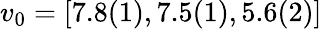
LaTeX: v_{0}=[7.8(1),7.5(1),5.6(2)]